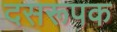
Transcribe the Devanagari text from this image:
दसरूपक